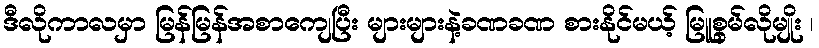
ဒီလိုကာလမှာ မြန်မြန်အစာကျေပြီး များများနဲ့ခဏခဏ စားနိုင်မယ့် မြူစွမ်လိုမျိုး ၊